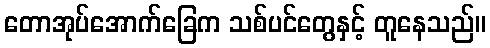
တောအုပ်အောက်ခြေက သစ်ပင်တွေနှင့် တူနေသည်။